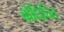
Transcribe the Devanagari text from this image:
बोधिचित्